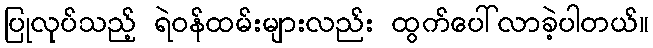
ပြုလုပ်သည့် ရဲဝန်ထမ်းများလည်း ထွက်ပေါ်လာခဲ့ပါတယ်။